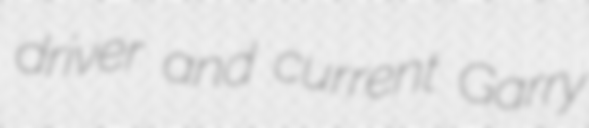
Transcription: driver and current Garry